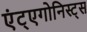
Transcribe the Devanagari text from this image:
एंट्एगोनिस्ट्स